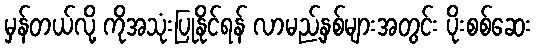
မှန်တယ်လို့ ကိုအသုံးပြုနိုင်ရန် လာမည့်နှစ်များအတွင်း ပိုးစစ်ဆေး